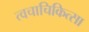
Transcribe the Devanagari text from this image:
त्वचाचिकित्सा